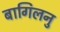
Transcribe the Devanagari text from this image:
बागिलनु